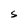
Character: S